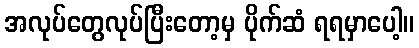
အလုပ်တွေလုပ်ပြီးတော့မှ ပိုက်ဆံ ရရမှာပေါ့။